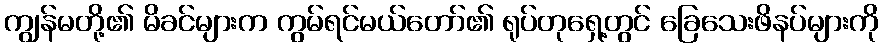
ကျွန်မတို့၏ မိခင်များက ကွမ်ရင်မယ်တော်၏ ရုပ်တုရှေ့တွင် ခြေသေးဖိနပ်များကို